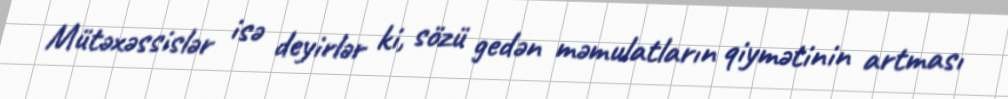
Mütəxəssislər isə deyirlər ki, sözü gedən məmulatların qiymətinin artması